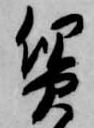
質